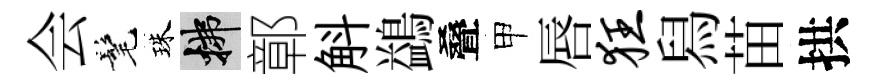
会髦珠拂鄣斛鷁叠甲唇狂舄苗拱